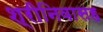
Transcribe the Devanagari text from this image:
श्रीनिवासह